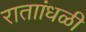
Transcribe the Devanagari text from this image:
राताांधळी